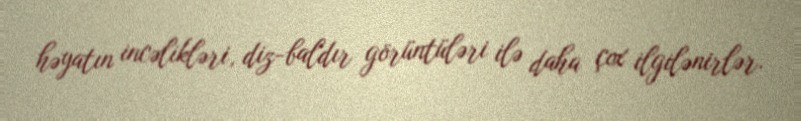
həyatın incəlikləri, diz-baldır görüntüləri ilə daha çox ilgilənirlər.